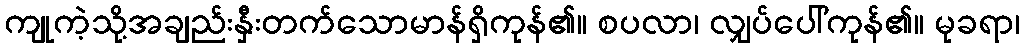
ကျုကဲ့သို့အချည်းနှီးတက်သောမာန်ရှိကုန်၏။ စပလာ၊ လျှပ်ပေါ်ကုန်၏။ မုခရာ၊